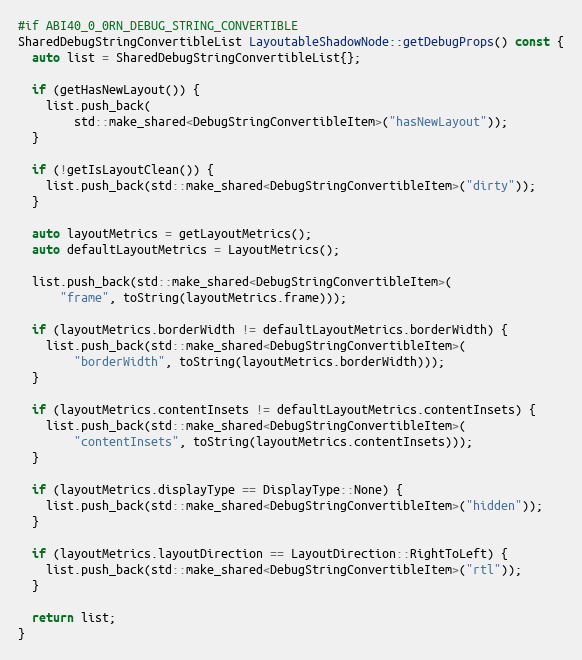
Language: C++
#if ABI40_0_0RN_DEBUG_STRING_CONVERTIBLE
SharedDebugStringConvertibleList LayoutableShadowNode::getDebugProps() const {
  auto list = SharedDebugStringConvertibleList{};

  if (getHasNewLayout()) {
    list.push_back(
        std::make_shared<DebugStringConvertibleItem>("hasNewLayout"));
  }

  if (!getIsLayoutClean()) {
    list.push_back(std::make_shared<DebugStringConvertibleItem>("dirty"));
  }

  auto layoutMetrics = getLayoutMetrics();
  auto defaultLayoutMetrics = LayoutMetrics();

  list.push_back(std::make_shared<DebugStringConvertibleItem>(
      "frame", toString(layoutMetrics.frame)));

  if (layoutMetrics.borderWidth != defaultLayoutMetrics.borderWidth) {
    list.push_back(std::make_shared<DebugStringConvertibleItem>(
        "borderWidth", toString(layoutMetrics.borderWidth)));
  }

  if (layoutMetrics.contentInsets != defaultLayoutMetrics.contentInsets) {
    list.push_back(std::make_shared<DebugStringConvertibleItem>(
        "contentInsets", toString(layoutMetrics.contentInsets)));
  }

  if (layoutMetrics.displayType == DisplayType::None) {
    list.push_back(std::make_shared<DebugStringConvertibleItem>("hidden"));
  }

  if (layoutMetrics.layoutDirection == LayoutDirection::RightToLeft) {
    list.push_back(std::make_shared<DebugStringConvertibleItem>("rtl"));
  }

  return list;
}